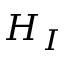
H _ { I }